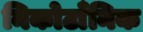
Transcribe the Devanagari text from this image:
निकोटाँनिक